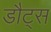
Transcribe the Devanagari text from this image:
डौट्स